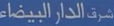
نسرد الدان البضاعة